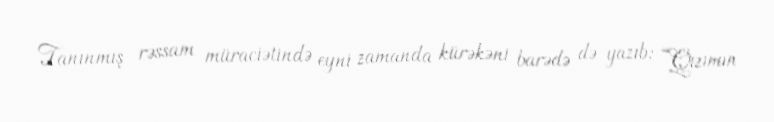
Tanınmış rəssam müraciətində eyni zamanda kürəkəni barədə də yazıb: “Qızımın